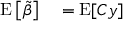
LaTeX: \begin{array} { r l r l } { \operatorname { E } \left[ { \tilde { \beta } } \right] } & { { } = \operatorname { E } [ C y ] } \end{array}